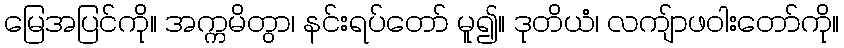
မြေအပြင်ကို။ အက္ကမိတွာ၊ နင်းရပ်တော် မူ၍။ ဒုတိယံ၊ လကျ်ာဖဝါးတော်ကို။